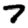
Digit: 7